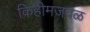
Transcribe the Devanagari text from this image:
किहीमजवळ